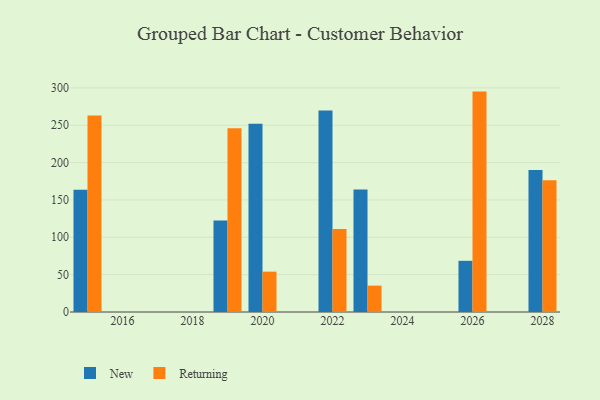
{"axis": {"x": "Year", "y": "Humidity (%)"}, "legend": ["New", "Returning"], "data": [{"x": "2015", "y": 163.7, "type": "New"}, {"x": "2015", "y": 263.1, "type": "Returning"}, {"x": "2022", "y": 269.6, "type": "New"}, {"x": "2022", "y": 111.0, "type": "Returning"}, {"x": "2028", "y": 190.0, "type": "New"}, {"x": "2028", "y": 176.2, "type": "Returning"}, {"x": "2020", "y": 251.9, "type": "New"}, {"x": "2020", "y": 54.0, "type": "Returning"}, {"x": "2026", "y": 68.5, "type": "New"}, {"x": "2026", "y": 295.0, "type": "Returning"}, {"x": "2023", "y": 164.1, "type": "New"}, {"x": "2023", "y": 35.3, "type": "Returning"}, {"x": "2019", "y": 122.4, "type": "New"}, {"x": "2019", "y": 246.0, "type": "Returning"}]}